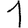
Digit: 1